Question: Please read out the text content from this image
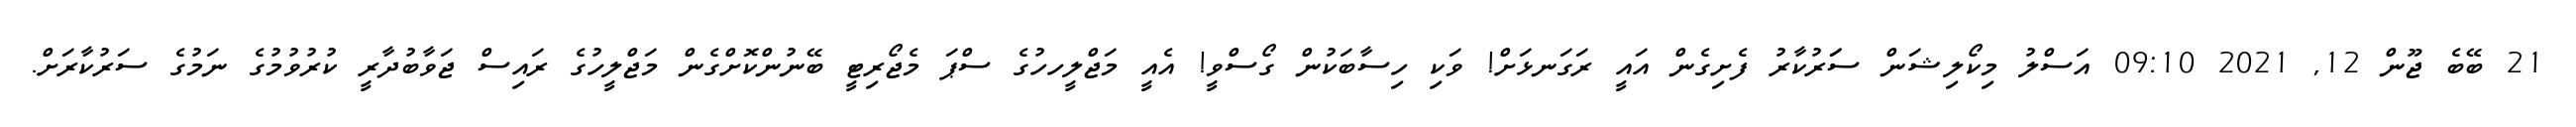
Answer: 21 ބޭބެ ޖޫން 12, 2021 09:10 އަސްލު މިކޯލިޝަން ސަަރުކާރު ފެށިގެން އައީ ރަގަނޅަށް! ވަކި ހިސާބަކުން ގޯސްވީ! އެއީ މަޖްލީހހުގެ ސްޕަ މެޖޯރިޓީ ބޭނުންކޮށްގެން މަޖްލީހުގެ ރައިސް ޖަވާބުދާރީ ކުރުވުމުގެ ނަމުގެ ސަރުކާރަށް.